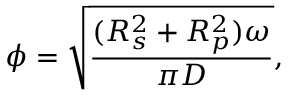
\phi = \sqrt { \frac { ( R _ { s } ^ { 2 } + R _ { p } ^ { 2 } ) \omega } { \pi D } } ,